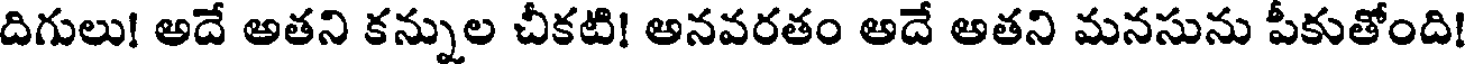
దిగులు! అదే అతని కన్నుల చీకటి! అనవరతం అదే అతని మనసును పీకుతోంది